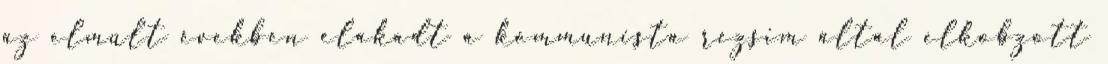
az elmúlt években elakadt a kommunista rezsim által elkobzott